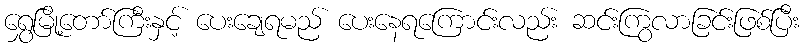
ရွှေမြို့တော်ကြီးနှင့် ပေးချေရမည် ပေးနေရကြောင်းလည်း ဆင်းကြွလာခြင်းဖြစ်ပြီး